Vaccination in Burma 1912-1922 - 1912-1922
Year: 1912
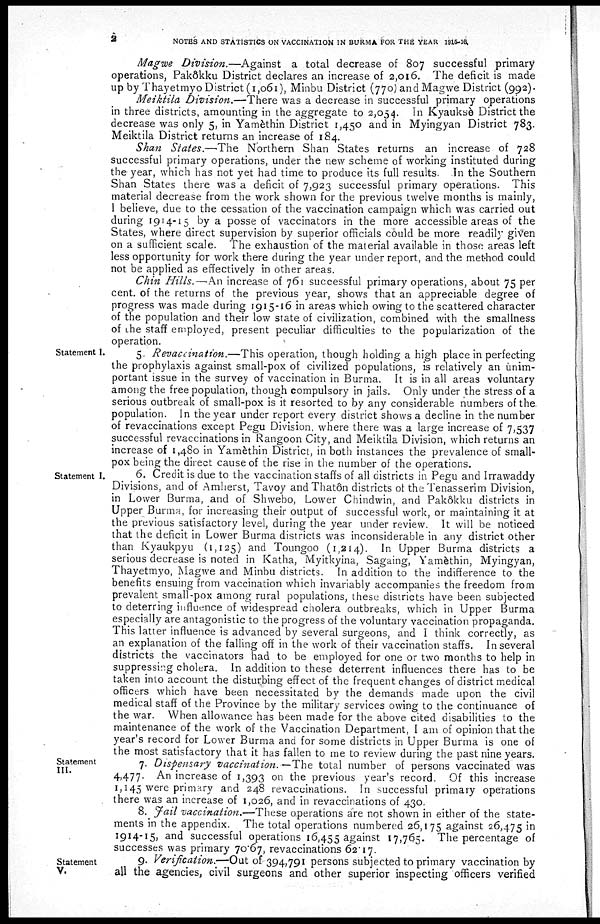
2
NOTES AND STATISTICS ON VACCINATION IN BURMA FOR THE YEAR 1915-16.
Magwe Division.—Against a total decrease of 807 successful primary
operations, Pakôkku District declares an increase of 2,016. The deficit is made
up by Thayetmyo District (1,061), Minbu District (770) and Magwe District (992).
Meiktila Division.—There was a decrease in successful primary operations
in three districts, amounting in the aggregate to 2,054. In Kyauksè District the
decrease was only 5, in Yamèthin District 1,450 and in Myingyan District 783.
Meiktila District returns an increase of 184.
Shan States.—The Northern Shan States returns an increase of 728
successful primary operations, under the new scheme of working instituted during
the year, which has not yet had time to produce its full results. In the Southern
Shan States there was a deficit of 7,923 successful primary operations. This
material decrease from the work shown for the previous twelve months is mainly,
I believe, due to the cessation of the vaccination campaign which was carried out
during 1914-15 by a posse of vaccinators in the more accessible areas of the
States, where direct supervision by superior officials could be more readily given
on a sufficient scale. The exhaustion of the material available in those areas left
less opportunity for work there during the year under report, and the method could
not be applied as effectively in other areas.
Chin Hills.—An increase of 761 successful primary operations, about 75 per
cent. of the returns of the previous year, shows that an appreciable degree of
progress was made during 1915-16 in areas which owing to the scattered character
of the population and their low state of civilization, combined with the smallness
of the staff employed, present peculiar difficulties to the popularization of the
operation.
Statement I.
5. Revaccination.—This operation, though holding a high place in perfecting
the prophylaxis against small-pox of civilized populations, is relatively an unim-
portant issue in the survey of vaccination in Burma. It is in all areas voluntary
among the free population, though compulsory in jails. Only under the stress of a
serious outbreak of small-pox is it resorted to by any considerable numbers of the.
population. In the year under report every district shows a decline in the number
of revaccinations except Pegu Divisi00, where there was a large increase of 7,537
successful revaccinations in Rangoon City, and Meiktila Division, which returns an
increase of 1,480 in Yamèthin District, in both instances the prevalence of small-
pox being the direct cause of the rise in the number of the operations.
Statement I.
6. Credit is due to the vaccination staffs of all districts in Pegu and Irrawaddy
Divisions, and of Amherst, Tavoy and Thatôn districts of the Tenasserim Division,
in Lower Burma, and of Shwebo, Lower Chindwin, and Pakôkku districts in
Upper Burma, for increasing their output of successful work, or maintaining it at
the previous satisfactory level, during the year under review. It will be noticed
that the deficit in Lower Burma districts was inconsiderable in any district other
than Kyaukpyu (1,125) and Toungoo (1,214). In Upper Burma districts a
serious decrease is noted in Katha, Myitkyina, Sagaing, Yamèthin, Myingyan,
Thayetmyo, Magwe and Minbu districts. In addition to the indifference to the
benefits ensuing from vaccination which invariably accompanies the freedom from
prevalent small-pox among rural populations, these districts have been subjected
to deterring influence of widespread cholera outbreaks, which in Upper Burma
especially are antagonistic to the progress of the voluntary vaccination propaganda.
This latter influence is advanced by several surgeons, and I think correctly, as
an explanation of the falling off in the work of their vaccination staffs. In several
districts the vaccinators had to be employed for one or two months to help in
suppressing cholera. In addition to these deterrent influences there has to be
taken into account the disturbing effect of the frequent changes of district medical
officers which have been necessitated by the demands made upon the civil
medical staff of the Province by the military services owing to the continuance of
the war. When allowance has been made for the above cited disabilities to the
maintenance of the work of the Vaccination Department, I am of opinion that the
year's record for Lower Burma and for some districts in Upper Burma is one of
the most satisfactory that it has fallen to me to review during the past nine years.
Statement
III.
7. Dispensary vaccination. — The total number of persons vaccinated was
4,477. An increase of 1,393 on the previous year's record. Of this increase
1,145 were primary and 248 revaccinations. In successful primary operations
there was an increase of 1,026, and in revaccinations of 430.
8. Fail vaccination.—These operations are not shown in either of the state-
ments in the appendix. The total operations numbered 26,175 against 26,475 in
1914-15, and successful operations 16,455 against 17,765. The percentage of
successes was primary 70.67, revaccinations 62.17.
Statement
V.
9. verification.—Out of 394,791 persons subjected to primary vaccination by
all the agencies, civil surgeons and other superior inspecting officers verified